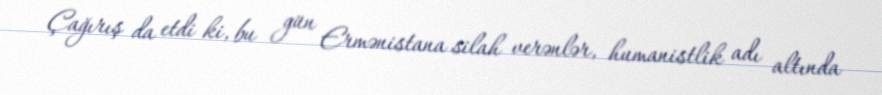
Çağırış da etdi ki, bu gün Ermənistana silah verənlər, humanistlik adı altında